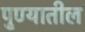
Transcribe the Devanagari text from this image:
पु्ण्यातील